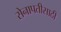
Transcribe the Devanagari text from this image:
सेनापतीसाठी